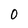
Character: 0